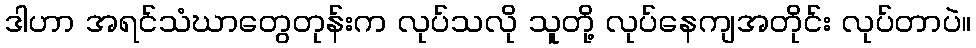
ဒါဟာ အရင်သံဃာတွေတုန်းက လုပ်သလို သူတို့ လုပ်နေကျအတိုင်း လုပ်တာပဲ။